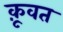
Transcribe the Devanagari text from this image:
कू़वत